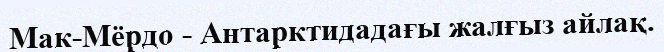
Мак-Мёрдо - Антарктидадағы жалғыз айлақ.